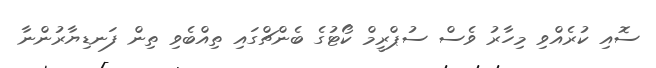
ސޮއި ކުރެއްވި މިހާރު ވެސް ސުޕްރީމް ކޯޓުގެ ބެންޗްގައި ތިއްބެވި ތިން ފަނޑިޔާރުންނާ